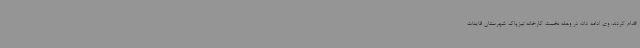
اقدام کردند. وی ادامه داد: در وهله نخست کارخانه تیزپاک شهرستان قاینات